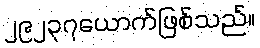
၂၉၂၃၇ယောက်ဖြစ်သည်။